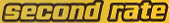
second rate